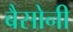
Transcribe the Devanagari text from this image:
बैसोनी